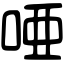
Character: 唖